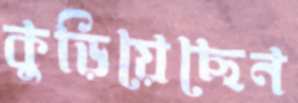
কুড়িয়েছেন